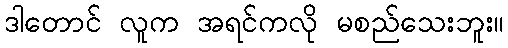
ဒါတောင် လူက အရင်ကလို မစည်သေးဘူး။